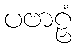
ပဗာဠှံ